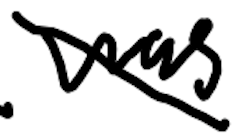
Text: was
Cross-out: diagonal
Writing tool: digital_black